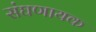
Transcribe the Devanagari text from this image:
संघणायक